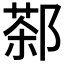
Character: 𲆙